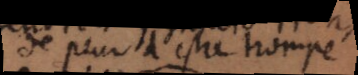
de peur d’estre trompé,